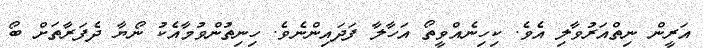
އަރީން ނިތްއަރުވާލި އެވެ. ކިހިނެއްވީތޯ އަހާލާ ފަދައިންނެވެ. ހިނިތުންވުމާއެކު ނޯޔާ ދެފަރާތަށް ބޯ